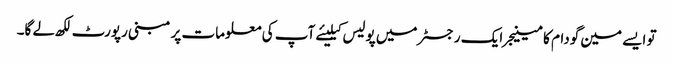
تو ایسے مین گودام کا مینیجر ایک رجسٹر میں پولیس کیلیئے آپ کی معلومات پر مبنی رپورٹ لکھ لے گا۔